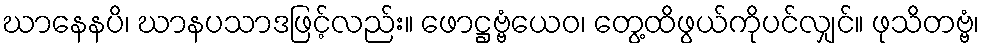
ဃာနေနပိ၊ ဃာနပသာဒဖြင့်လည်း။ ဖောဋ္ဌဗ္ဗံယေဝ၊ တွေ့ထိဖွယ်ကိုပင်လျှင်။ ဖုသိတဗ္ဗံ၊